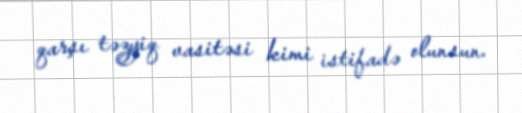
qarşı təzyiq vasitəsi kimi istifadə olunsun.